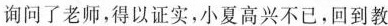
询问了老师，得以证实，小夏高兴不已，回到教